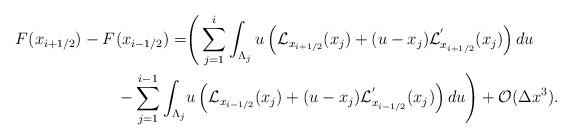
LaTeX: \begin{align*}F^{}(x_{i+1/2}) - F^{}(x_{i-1/2}) =& \Bigg( \sum_{j=1}^{i} \int_{\Lambda_j} u \left(\mathcal{L}_{x_{i+ 1/2}}(x_j)+ (u-x_j)\mathcal{L}_{x_{i+ 1/2}}^{'}(x_j)\right) du\\ - \sum_{j=1}^{i-1} \int_{\Lambda_j} & u \left(\mathcal{L}_{x_{i- 1/2}}(x_j)+ (u-x_j)\mathcal{L}_{x_{i- 1/2}}^{'}(x_j)\right) du \Bigg)+ {\cal O}(\Delta x^3).\end{align*}